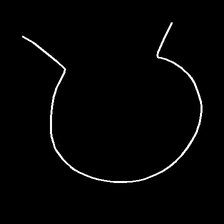
Glyph: weave